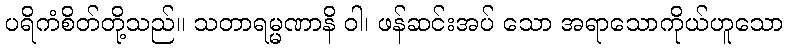
ပရိကံစိတ်တို့သည်။ သတာရမ္မဏာနိ ဝါ၊ ဖန်ဆင်းအပ် သော အရာသောကိုယ်ဟူသော